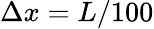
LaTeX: \Delta x=L/100